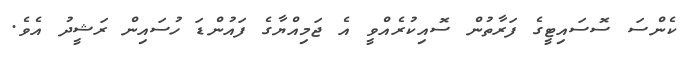
ކެންސަ ސޮސައިޓީގެ ފަރާތުން ސޮއިކުރެއްވީ އެ ޖަމިއްޔާގެ ފައުންޑަ ހުސައިން ރަޝީދު އެވެ.